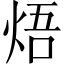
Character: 焐